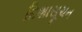
દિશાસૂચન